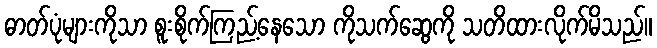
ဓာတ်ပုံများကိုသာ စူးစိုက်ကြည့်နေသော ကိုသက်ဆွေကို သတိထားလိုက်မိသည်။